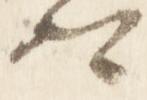
卿